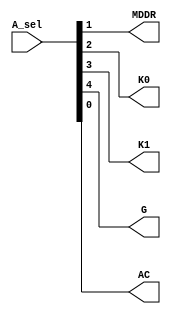
//A bus to registers write => control instructions
module ACI_decoder(A_sel,MDDR,K0,K1,G,AC); 

input [4:0] A_sel;

output   MDDR,K0,K1,G,AC;

assign AC   = A_sel[0];
assign MDDR = A_sel[1];
assign K0   = A_sel[2];
assign K1   = A_sel[3];
assign G    = A_sel[4];


endmodule